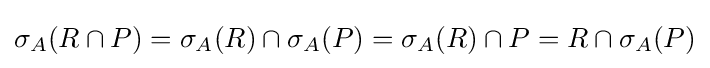
\sigma _{A}(R\cap P)=\sigma _{A}(R)\cap \sigma _{A}(P)=\sigma _{A}(R)\cap P=R\cap \sigma _{A}(P)